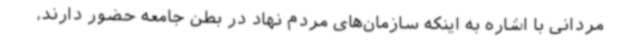
مردانی با اشاره به اینکه سازمان‌های مردم نهاد در بطن جامعه حضور دارند،